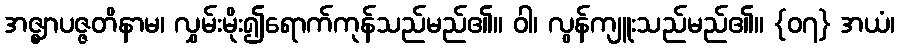
အဇ္ဈာပဇ္ဇတိနာမ၊ လွှမ်းမိုး၍ရောက်ကုန်သည်မည်၏။ ဝါ၊ လွန်ကျူးသည်မည်၏။ {၀၇} အယံ၊